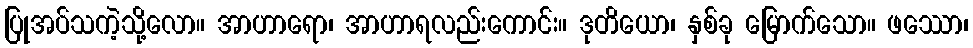
ပြုအပ်သကဲ့သို့လော။ အာဟာရော၊ အာဟာရလည်းကောင်း။ ဒုတိယော၊ နှစ်ခု မြောက်သော။ ဖဿော၊